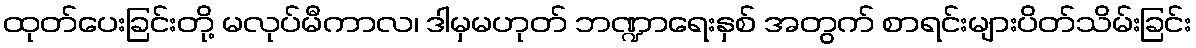
ထုတ်ပေးခြင်းတို့ မလုပ်မီကာလ၊ ဒါမှမဟုတ် ဘဏ္ဍာရေးနှစ် အတွက် စာရင်းများပိတ်သိမ်းခြင်း